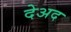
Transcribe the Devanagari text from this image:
देअद